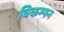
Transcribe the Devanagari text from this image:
विकम्पन